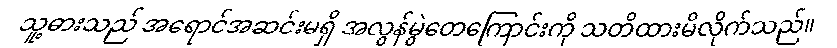
သူ့ဓားသည် အရောင်အဆင်းမရှိ အလွန်မွဲတေကြောင်းကို သတိထားမိလိုက်သည်။